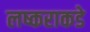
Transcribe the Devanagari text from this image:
लष्कराकडे